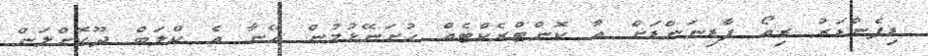
ޑިފެންޑަރު ރިއޯ ފާޑިނަންޑަށް އާ ކޮންޓްރެކްޓެއް ހުށަނޭޅުމުން އޭނާ އެ ކްލަބް ދޫކޮށްލަން